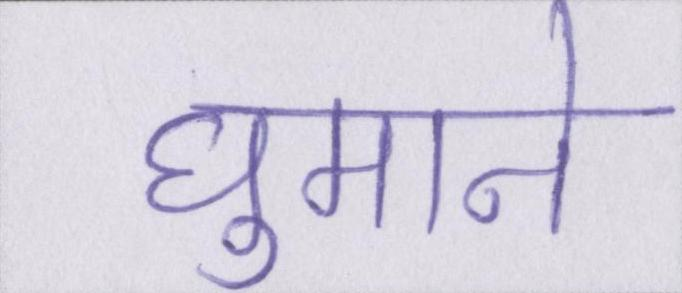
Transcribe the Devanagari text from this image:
घुमाने